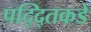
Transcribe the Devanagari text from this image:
पद्द्तिकडे